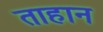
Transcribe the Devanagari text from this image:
ताहान